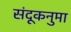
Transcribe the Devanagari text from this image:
संदूकनुमा